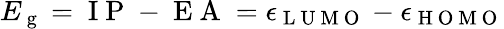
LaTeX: E_{\mathrm{~g~}}=\mathrm{~I~P~}-\mathrm{~E~A~}=\epsilon_{\mathrm{~L~U~M~O~}}-\epsilon_{\mathrm{~H~O~M~O~}}